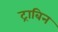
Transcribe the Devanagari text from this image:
ट्राबिन